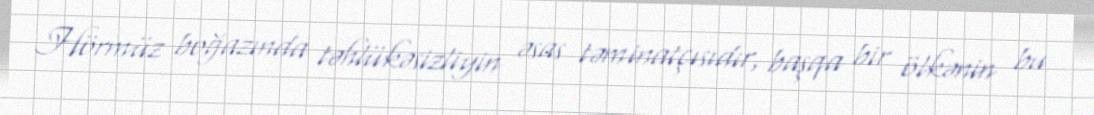
Hörmüz boğazında təhlükəsizliyin əsas təminatçısıdır, başqa bir ölkənin bu